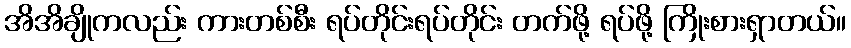
အိအိချိုကလည်း ကားတစ်စီး ရပ်တိုင်းရပ်တိုင်း တက်ဖို့ ရပ်ဖို့ ကြိုးစားရှာတယ်။